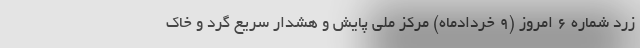
زرد شماره ۶ امروز (۹ خردادماه) مرکز ملی پایش و هشدار سریع گرد و خاک